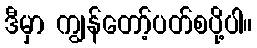
ဒီမှာ ကျွန်တော့်ပတ်စပို့ပါ။